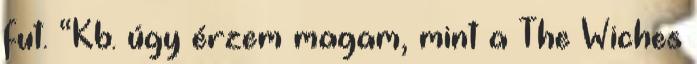
fut. “Kb. úgy érzem magam, mint a The Wiches